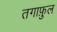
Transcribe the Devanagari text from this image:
तगाफ़ुल